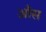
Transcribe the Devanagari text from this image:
आँस